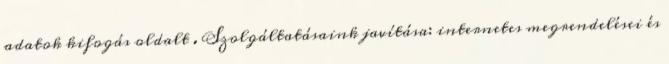
adatok kifogás oldalt . Szolgáltatásaink javítása: internetes megrendelései és